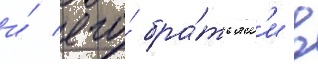
и́ его́ бра́тьям'и в